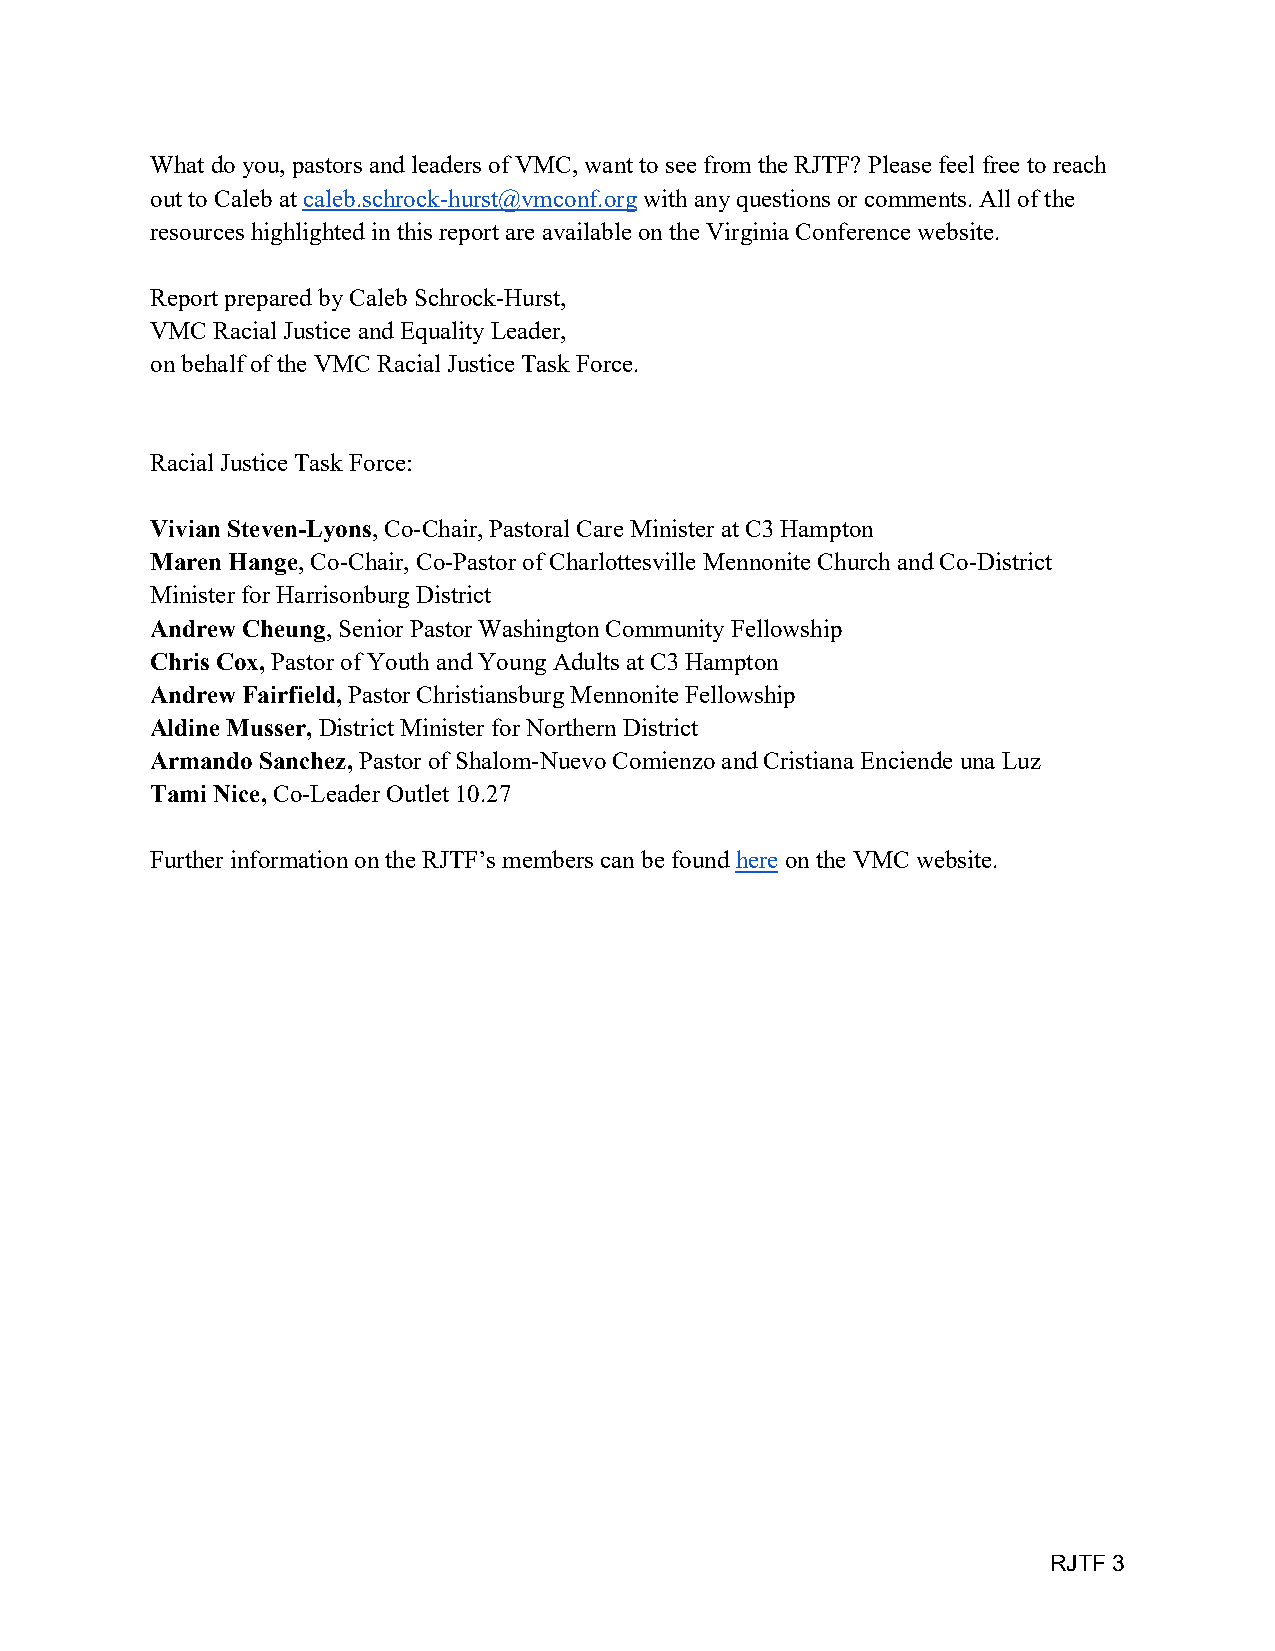
What do you, pastors and leaders of VMC, want to see from the RJTF? Please feel free to reach
 out to Caleb at caleb.schrock-hurst@vmconf.org with any questions or comments. All of the
 resources highlighted in this report are available on the Virginia Conference website.
 Report prepared by Caleb Schrock-Hurst,
 VMC Racial Justice and Equality Leader,
 on behalf of the VMC Racial Justice Task Force.
 Racial Justice Task Force:
 Vivian Steven-Lyons, Co-Chair, Pastoral Care Minister at C3 Hampton
 Maren Hange, Co-Chair, Co-Pastor of Charlottesville Mennonite Church and Co-District
 Minister for Harrisonburg District
 Andrew Cheung, Senior Pastor Washington Community Fellowship
 Chris Cox, Pastor of Youth and Young Adults at C3 Hampton
 Andrew Fairfield, Pastor Christiansburg Mennonite Fellowship
 Aldine Musser, District Minister for Northern District
 Armando Sanchez, Pastor of Shalom-Nuevo Comienzo and Cristiana Enciende una Luz
 Tami Nice, Co-Leader Outlet 10.27
 Further information on the RJTF’s members can be found here on the VMC website.
 RJTF 3